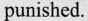
punished.